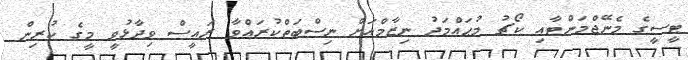
ޓީސީގެ މެނޭޖްމަންޓާއި ކޯޗު މުޙައްމަދު ނިޒާމްއަށް ނިސްބަތްކުރައްވާ ރައީސް ވިދާޅުވީ މީގެ ކުރިން